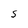
Character: S